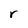
Character: r